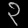
Digit: ၃